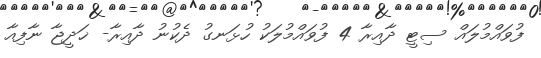
ފުވައްމުލައް ސިޓީ ދާއިރާ 4 ފުވައްމުލަކު ހުޅަނގު ދެކުނު ދާއިރާ- ޚަދީޖާ ނާފިއާ